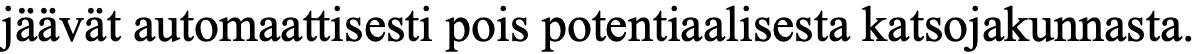
jäävät automaattisesti pois potentiaalisesta katsojakunnasta.